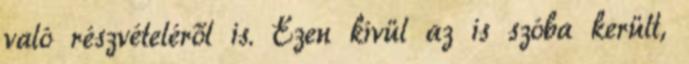
való részvételéről is. Ezen kívül az is szóba került,